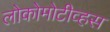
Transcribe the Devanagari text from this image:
लोकोमोटीव्हस